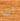
ان